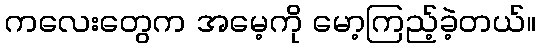
ကလေးတွေက အမေ့ကို မော့ကြည့်ခဲ့တယ်။